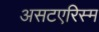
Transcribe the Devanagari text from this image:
असटएरिस्म